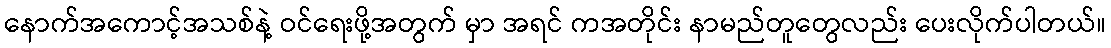
နောက်အကောင့်အသစ်နဲ့ ဝင်ရေးဖို့အတွက် မှာ အရင် ကအတိုင်း နာမည်တူတွေလည်း ပေးလိုက်ပါတယ်။